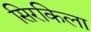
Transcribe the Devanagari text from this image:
सिरकिला